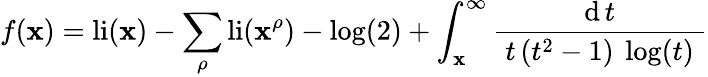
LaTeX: f(\mathbf{x})=\operatorname{li}(\mathbf{x})-\sum_{\rho}\operatorname{li}(\mathbf{x}^{\rho})-\log(2)+\int_{\mathbf{x}}^{\infty}{\frac{{\operatorname{d}t}}{{~t\, (t^{2}-1)~\log(t)~}}}